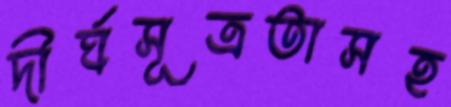
দীর্ঘসূত্রতাসহ